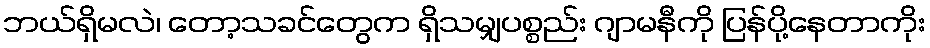
ဘယ်ရှိမလဲ၊ တော့သခင်တွေက ရှိသမျှပစ္စည်း ဂျာမနီကို ပြန်ပို့နေတာကိုး